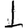
Digit: 1